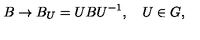
B \rightarrow B _ { U } = U B U ^ { - 1 } , \quad U \in G ,